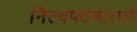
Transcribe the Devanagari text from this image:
नित्यपठणातले